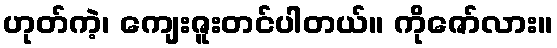
ဟုတ်ကဲ့၊ ကျေးဇူးတင်ပါတယ်။ ကိုဇော်လား။